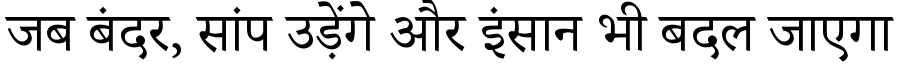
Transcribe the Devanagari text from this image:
जब बंदर, सांप उड़ेंगे और इंसान भी बदल जाएगा